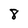
Character: 8